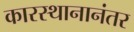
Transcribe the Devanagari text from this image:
कारस्थानानंतर